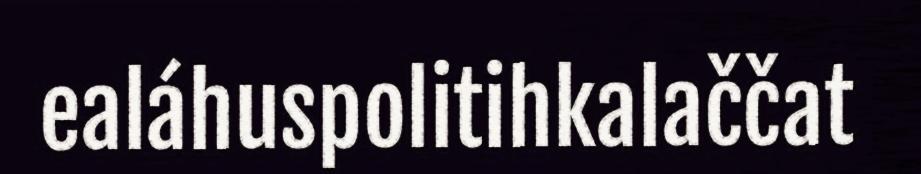
ealáhuspolitihkalaččat